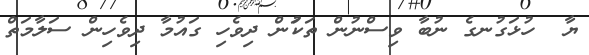
ޔާ  ހުޅަގުނގެ ނުބާ ވިސްނުން ތަކަުން ދިވެހި ގައުމާ ދިވެހިން ސަލާމަތް